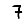
Digit: 7